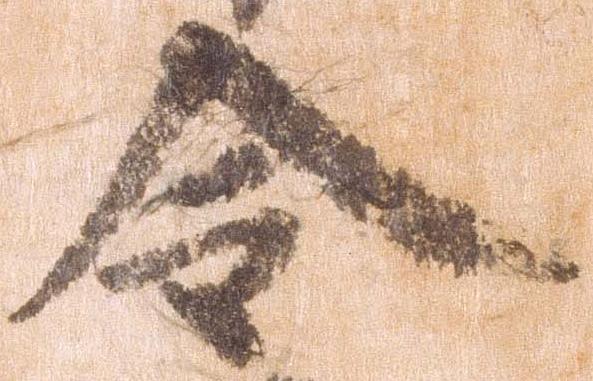
令